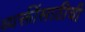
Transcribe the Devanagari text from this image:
व्यक्तींसाठीची